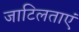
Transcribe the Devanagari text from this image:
जाटिलताएं